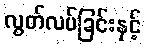
လွတ်လပ်ခြင်းနှင့်